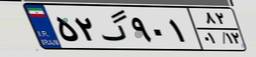
۵۲گ۹۰۱۸۲